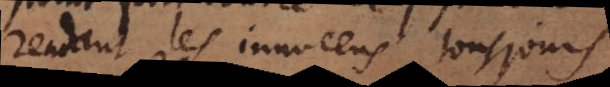
rendant les innocens tousjours